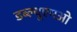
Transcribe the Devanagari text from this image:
डब्ल्यूएमओ